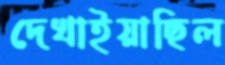
দেখাইয়াছিল